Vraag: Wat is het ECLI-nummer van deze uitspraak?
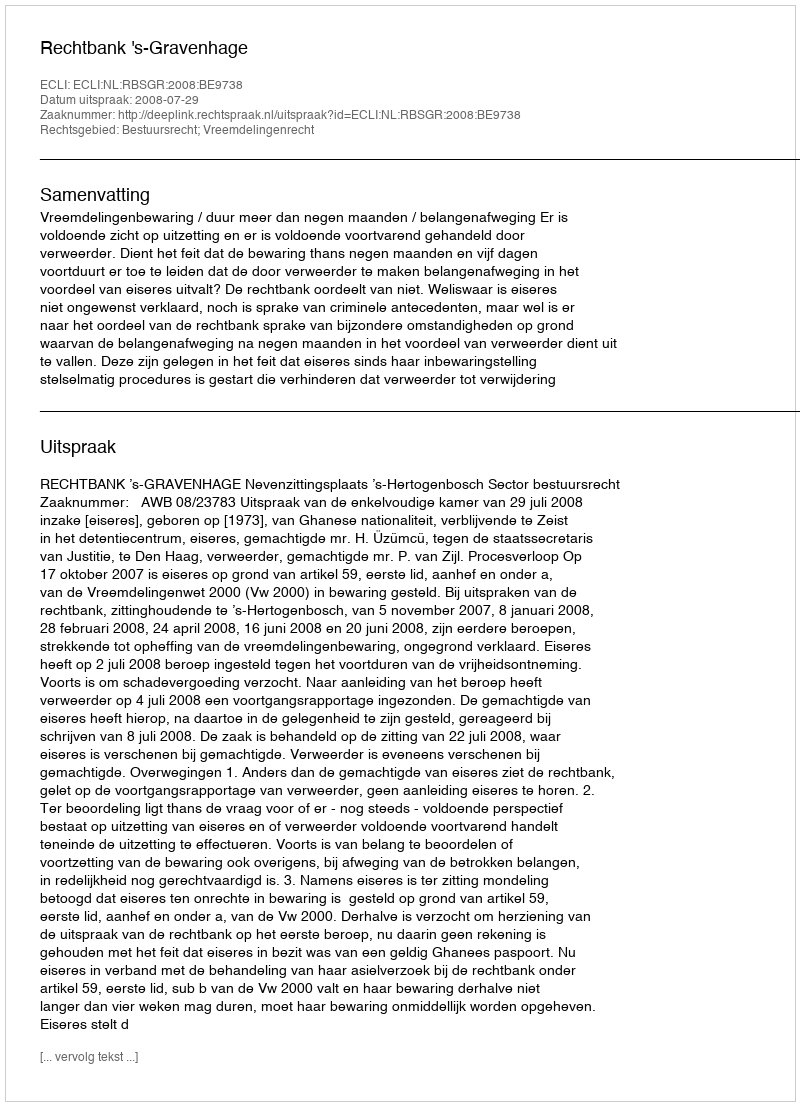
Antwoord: ECLI:NL:RBSGR:2008:BE9738